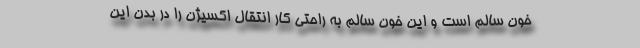
خون سالم است و این خون سالم به راحتی کار انتقال اکسیژن را در بدن این